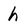
Character: h